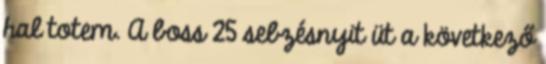
hal totem. A boss 25 sebzésnyit üt a következő